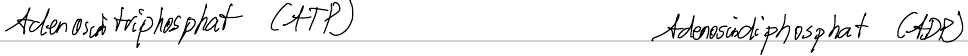
Adenosintriphosphat (ATP)    Adenosindiphosphat (ADP)